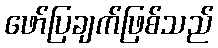
ဖော်ပြချက်ဖြစ်သည်